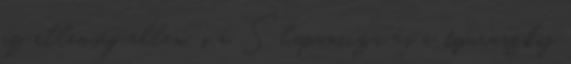
az ellenség ellen, s a Slapanicza és a tyuraszkij